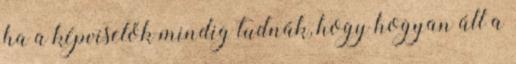
ha a képviselők mindig tudnák, hogy hogyan áll a